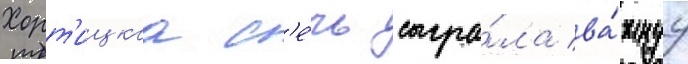
Хорт'ицкаа с'е́чь сыгра́ла ва́жнуу